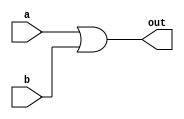
`timescale 1ns / 1ps
//////////////////////////////////////////////////////////////////////////////////
// Company: EE480
// 
// Design Name: 
// Module Name:    or_gate 
// Project Name: 
// Target Devices: 
// Tool versions: 
// Description: 
//
// Dependencies: 
//
// Revision: 
// Revision 0.01 - File Created
// Additional Comments: 
//
//////////////////////////////////////////////////////////////////////////////////
module or_gate(a,b,out);
	input a, b;
	output out;
	
	or OR1(out,a,b);

endmodule